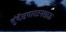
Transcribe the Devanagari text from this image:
बुंदेसगारटनशाऊ